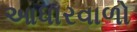
આધારવાળો